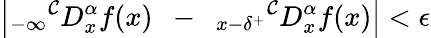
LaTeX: \left|_{-\infty}{}^{\mathcal{C}}D_{x}^{\alpha}f(x)~~-~~{}_{x-\delta^{+}}{}^{\mathcal{C}}D_{x}^{\alpha}f(x)\right|<\epsilon